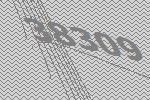
38309